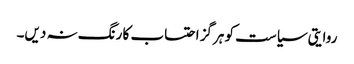
روایتی سیاست کو ہرگز احتساب کا رنگ نہ دیں۔